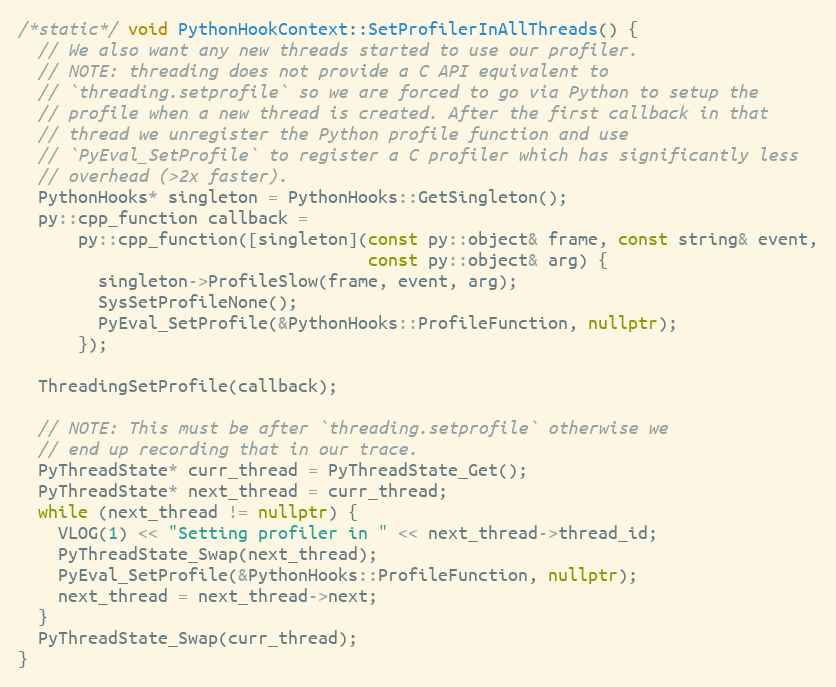
Language: C++
/*static*/ void PythonHookContext::SetProfilerInAllThreads() {
  // We also want any new threads started to use our profiler.
  // NOTE: threading does not provide a C API equivalent to
  // `threading.setprofile` so we are forced to go via Python to setup the
  // profile when a new thread is created. After the first callback in that
  // thread we unregister the Python profile function and use
  // `PyEval_SetProfile` to register a C profiler which has significantly less
  // overhead (>2x faster).
  PythonHooks* singleton = PythonHooks::GetSingleton();
  py::cpp_function callback =
      py::cpp_function([singleton](const py::object& frame, const string& event,
                                   const py::object& arg) {
        singleton->ProfileSlow(frame, event, arg);
        SysSetProfileNone();
        PyEval_SetProfile(&PythonHooks::ProfileFunction, nullptr);
      });

  ThreadingSetProfile(callback);

  // NOTE: This must be after `threading.setprofile` otherwise we
  // end up recording that in our trace.
  PyThreadState* curr_thread = PyThreadState_Get();
  PyThreadState* next_thread = curr_thread;
  while (next_thread != nullptr) {
    VLOG(1) << "Setting profiler in " << next_thread->thread_id;
    PyThreadState_Swap(next_thread);
    PyEval_SetProfile(&PythonHooks::ProfileFunction, nullptr);
    next_thread = next_thread->next;
  }
  PyThreadState_Swap(curr_thread);
}